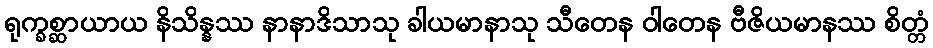
ရုက္ခစ္ဆာယာယ နိသိန္နဿ နာနာဒိသာသု ခါယမာနာသု သီတေန ဝါတေန ဗီဇိယမာနဿ စိတ္တံ